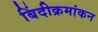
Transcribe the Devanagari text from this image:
बिंदीक्रमांकन